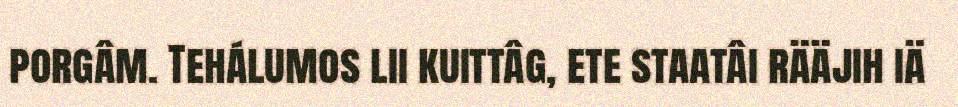
porgâm. Tehálumos lii kuittâg, ete staatâi rääjih iä